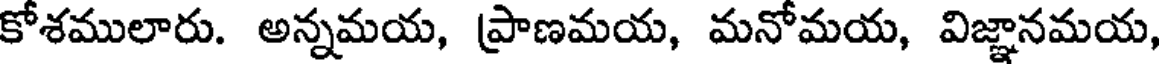
కోశములారు. అన్నమయ, ప్రాణమయ, మనోమయ, విజ్ఞానమయ,